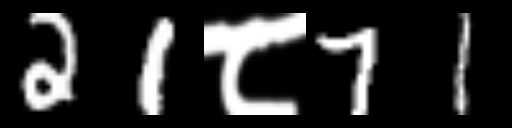
Text: 21८71